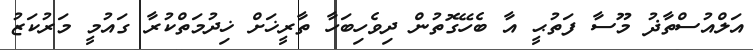
އަލްއުސްތާޛު މޫސާ ފަތުޙީ އާ ބެހޭގޮތުން ދިވެހިބަހާ ތާރީޚަށް ޚިދުމަތްކުރާ ގައުމީ މަރުކަޒު